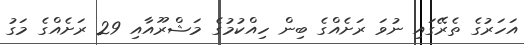
އަހަރުގެ ތެރޭގައި ނުވަ ރަށެއްގެ ބިން ހިއްކުމުގެ މަޝްރޫއާއި 29 ރަށެއްގެ މަގު